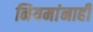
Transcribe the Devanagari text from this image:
नियमांनाही